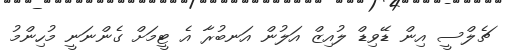
ޗެލްސީ އިން ޑޭވިޑް ލުއިޒް އަލުން އަނބުރާ އެ ޓީމަށް ގެންނަނީ މުހިންމު